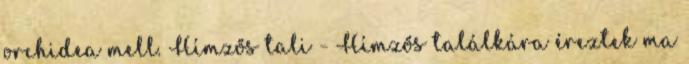
orchidea mell. Hímzős tali - Hímzős találkára éreztek ma